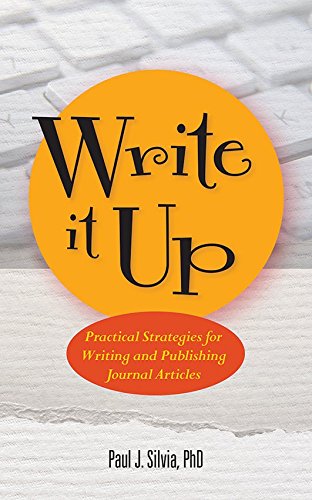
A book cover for Write It Up: Practical Strategies for Writing and Publishing Journal Articles (APA Lifetools: Books for the General Public); Paul Silvia; Medical Books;